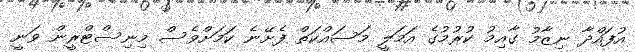
އުފައްދާ ނިޒާމު ގާއިމު ކުރުމުގެ އަމަލީ މަސައްކަތް ފެށޭނެ ކަމަށްވެސް މިނިސްޓްރީން ވަނީ